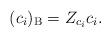
LaTeX: \begin{align*}(c_i)_{\rm B}=Z_{c_i}c_i.\end{align*}